Civil Veterinary Department. Madras. Admin. report 1926-33 - 1926-1933
Year: 1926
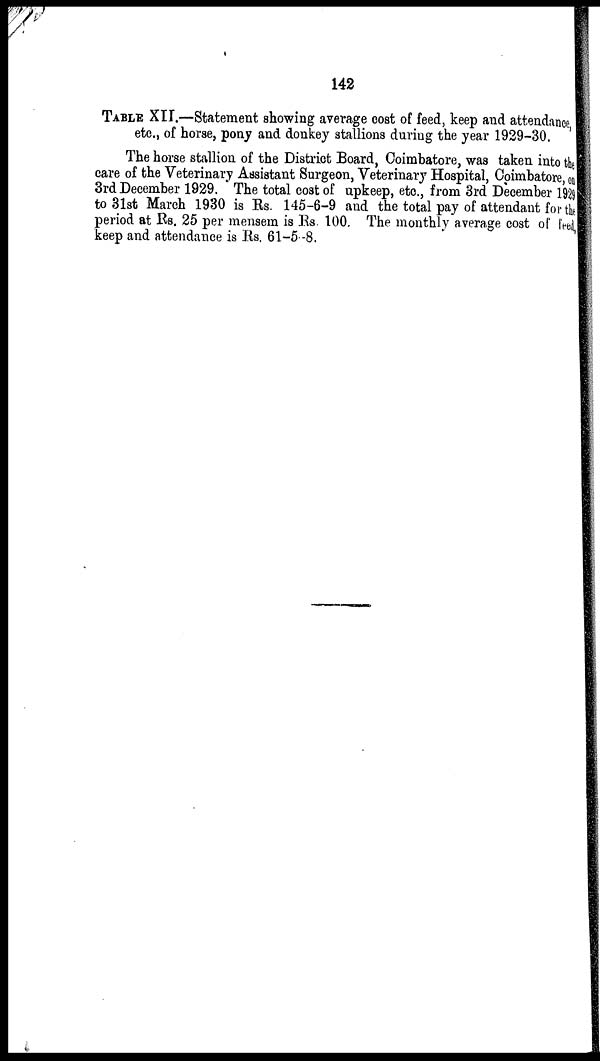
142
TABLE XII.—Statement showing average cost of feed, keep and attendance
etc., of horse, pony and donkey stallions during the year 1929-30.
The horse stallion of the District Board, Coimbatore, was taken into t he
care of the Veterinary Assistant Surgeon, Veterinary Hospital, Coimbatore, on
3rd December 1929. The total cost of upkeep, etc., from 3rd December 1929
to 31st March 1930 is Rs. 145-6-9 and the total pay of attendant for t he
period at Rs. 25 per mensem is Rs. 100. The monthly average cost of feed
keep and attendance is Rs. 61.-5-8.